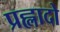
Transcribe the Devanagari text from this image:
प्रह्लादो